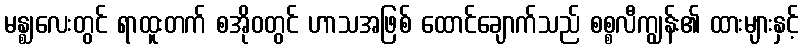
မန္ဈလေးတွင် ရာထူးတက် စအိုဝတွင် ဟာသအဖြစ် ထောင်ချောက်သည် စစ္စလီကျွန်း၏ ထားများနှင့်